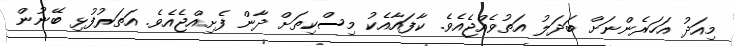
މިއަދު އަހަރެންނަށް ބަދަލު އަތުވެއްޖެއެވެ. ކާފައާއެކު މިސްކިތަށް ދާން ފެށިއްޖެއެވެ. އަތަރުފުޅި ބޭނުން